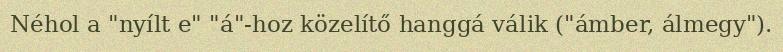
Néhol a "nyílt e" "á"-hoz közelítő hanggá válik ("ámber, álmegy").